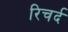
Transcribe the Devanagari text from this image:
रिचर्द